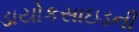
ડાયોકસાઇડની